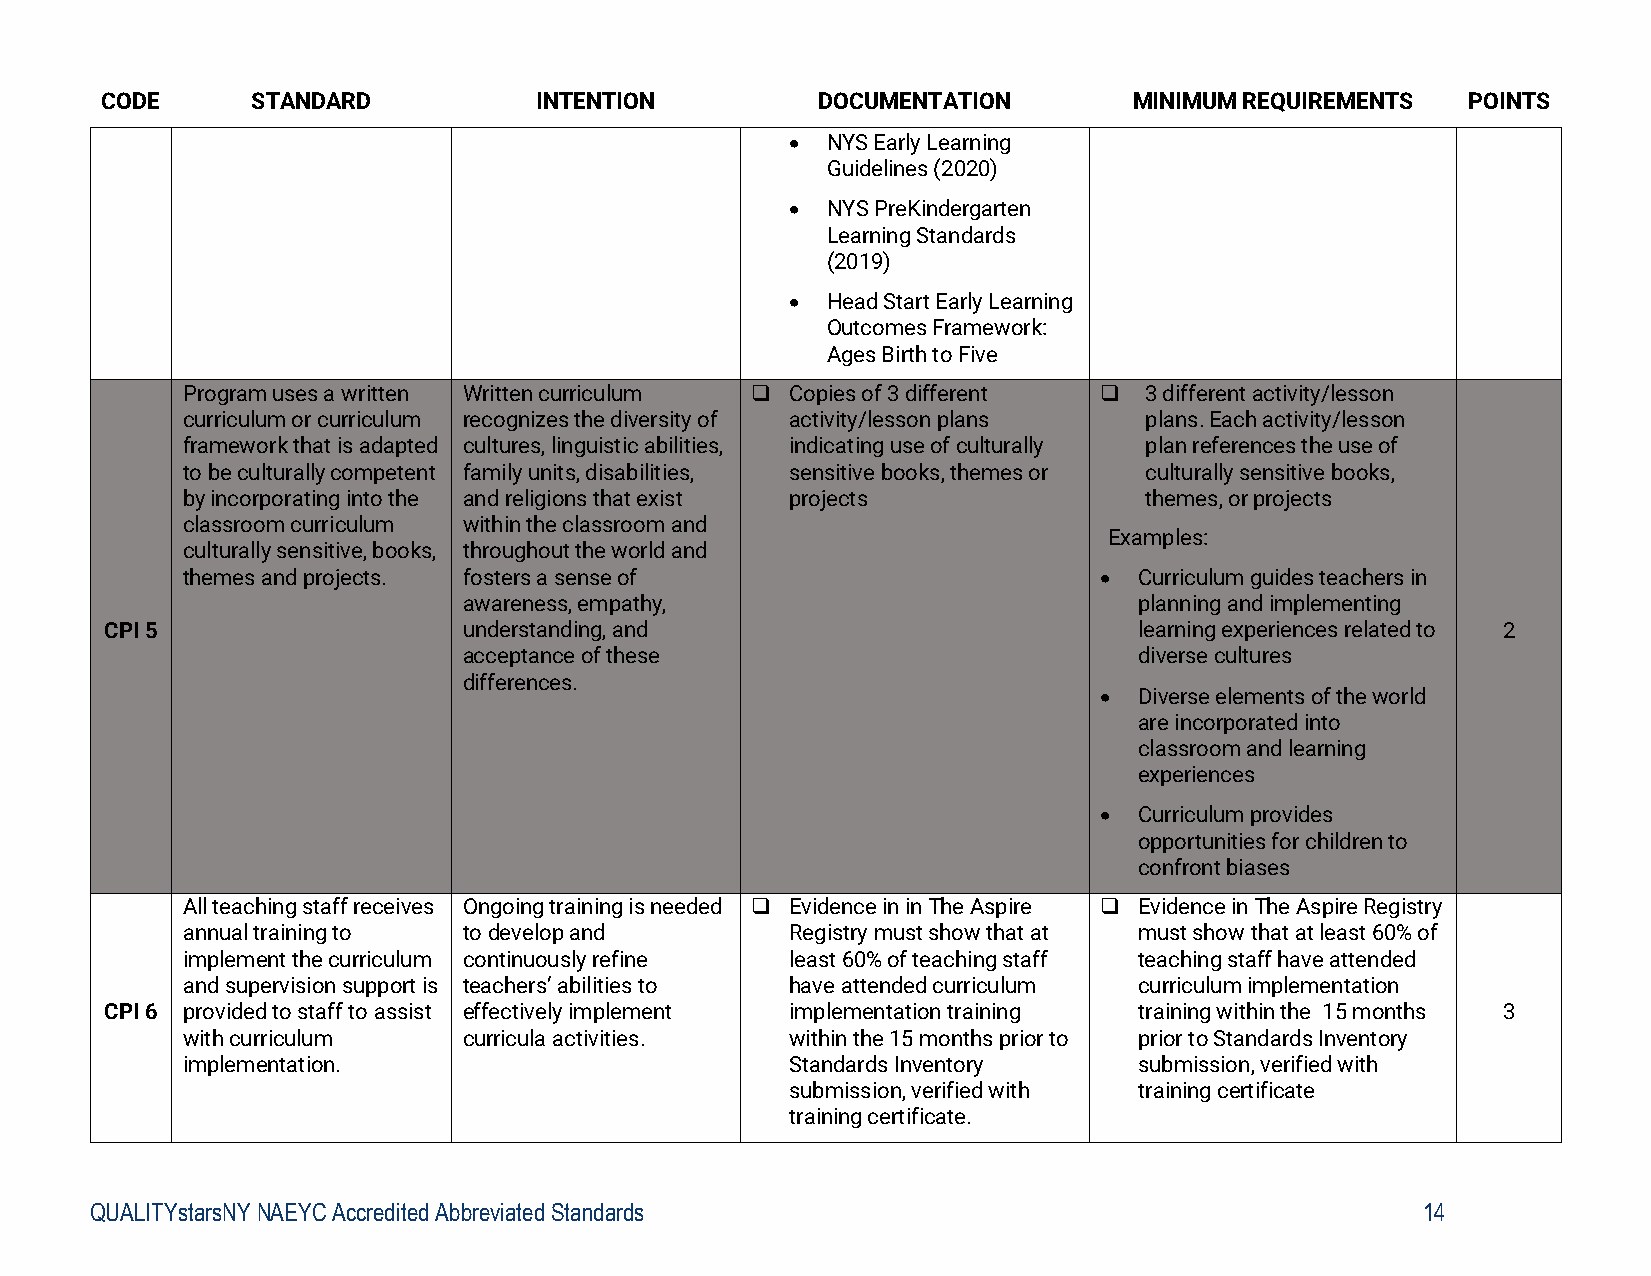
CODE      STANDARD          INTENTION          DOCUMENTATION        MINIMUM REQUIREMENTS  POINTS
   NYS Early Learning
 Guidelines (2020)
   NYS PreKindergarten
 Learning Standards
 (2019)
   Head Start Early Learning
 Outcomes Framework:
 Ages Birth to Five
 Program uses a written Written curriculum  Copies of 3 different  3 different activity/lesson
 curriculum or curriculum recognizes the diversity of activity/lesson plans plans. Each activity/lesson
 framework that is adapted cultures, linguistic abilities, indicating use of culturally plan references the use of
 to be culturally competent family units, disabilities, sensitive books, themes or culturally sensitive books,
 by incorporating into the and religions that exist projects     themes, or projects
 classroom curriculum within the classroom and
 Examples:
 culturally sensitive, books, throughout the world and
 themes and projects. fosters a sense of                       Curriculum guides teachers in
 awareness, empathy,                         planning and implementing
 CPI 5                   understanding, and                          learning experiences related to 2
 acceptance of these                         diverse cultures
 differences.
  Diverse elements of the world
 are incorporated into
 classroom and learning
 experiences
  Curriculum provides
 opportunities for children to
 confront biases
 All teaching staff receives Ongoing training is needed  Evidence in in The Aspire  Evidence in The Aspire Registry
 annual training to to develop and       Registry must show that at must show that at least 60% of
 implement the curriculum continuously refine least 60% of teaching staff teaching staff have attended
 and supervision support is teachers’ abilities to have attended curriculum curriculum implementation
 CPI 6 provided to staff to assist effectively implement implementation training training within the 15 months 3
 with curriculum    curricula activities. within the 15 months prior to prior to Standards Inventory
 implementation.                         Standards Inventory    submission, verified with
 submission, verified with training certificate
 training certificate.
 QUALITYstarsNY NAEYC Accredited Abbreviated Standards                                   14